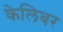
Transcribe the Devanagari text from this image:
केलिबर